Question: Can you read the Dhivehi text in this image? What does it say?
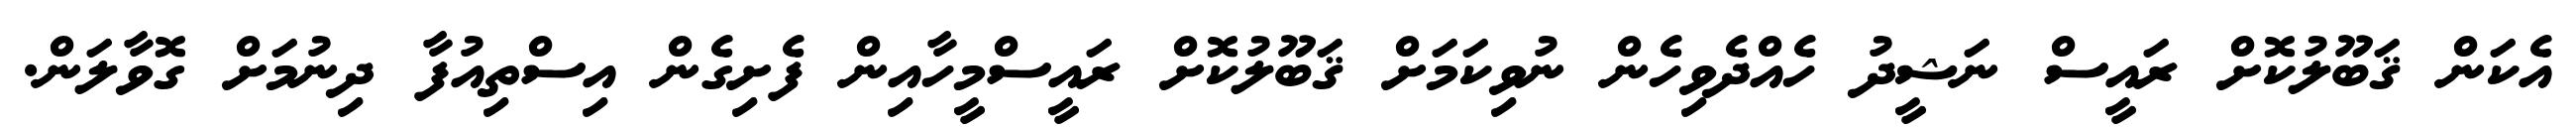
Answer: އެކަން ޤަބޫލުކޮށް ރައީސް ނަޝީދު ހެއްދެވިހެން ނުވިކަމަށް ޤަބޫލުކޮށް ރައީސްމީހާއިން ފެށިގެން އިސްތިއުފާ ދިނުމަށް ގޮވާލަން.